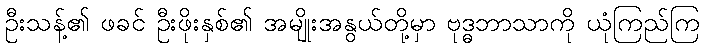
ဦးသန့်၏ ဖခင် ဦးဖိုးနှစ်၏ အမျိုးအနွယ်တို့မှာ ဗုဒ္ဓဘာသာကို ယုံကြည်ကြ